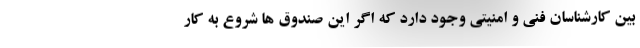
بین کارشناسان فنی و امنیتی وجود دارد که اگر این صندوق ها شروع به کار